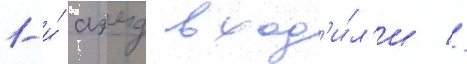
1-и́ аэмд вход'и́л'и //